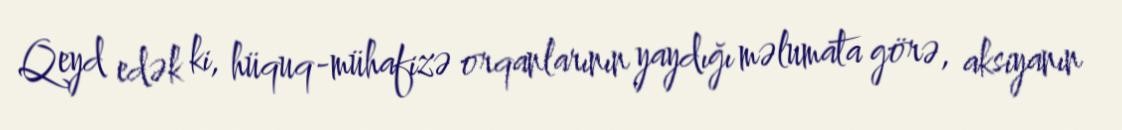
Qeyd edək ki, hüquq-mühafizə orqanlarının yaydığı məlumata görə, aksiyanın